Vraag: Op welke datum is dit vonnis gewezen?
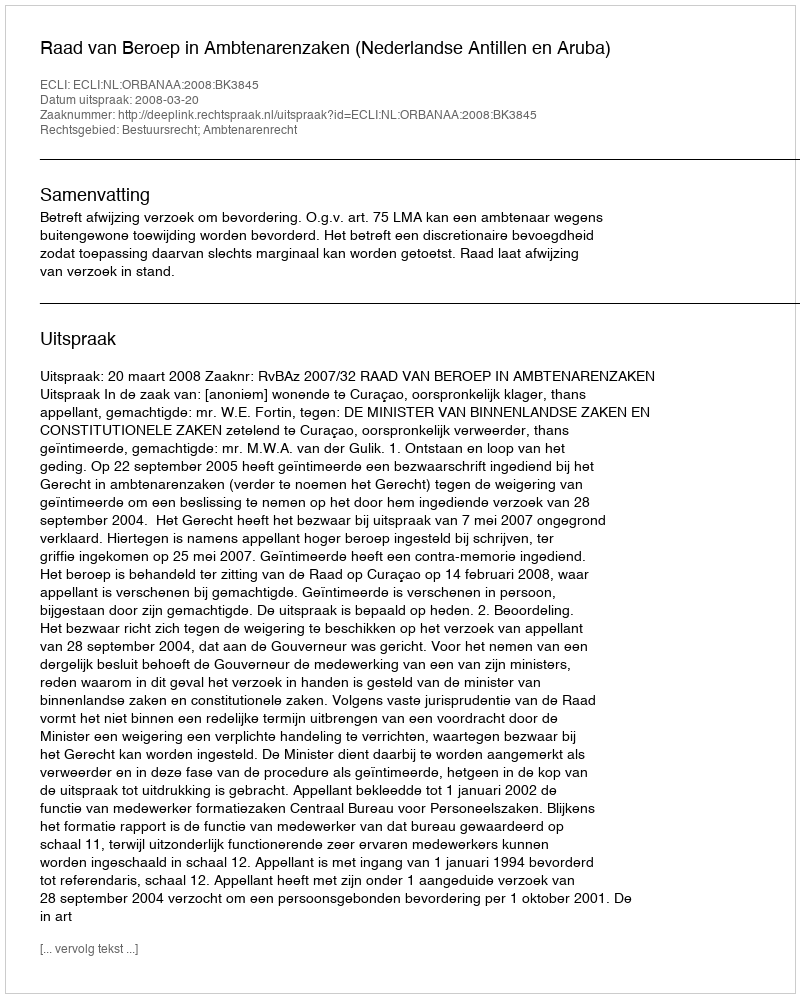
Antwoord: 2008-03-20